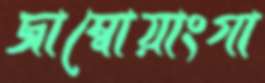
জাম্বোয়াংগা